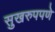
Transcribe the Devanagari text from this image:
सुखरुपपणे